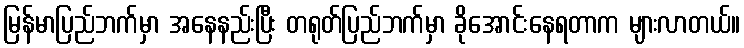
မြန်မာပြည်ဘက်မှာ အနေနည်းပြီး တရုတ်ပြည်ဘက်မှာ ခိုအောင်းနေရတာက များလာတယ်။